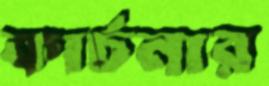
কার্চনার